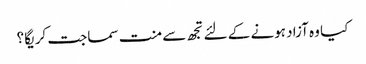
کیا وہ آزاد ہونے کے لئے تجھ سے منت سماجت کریگا ؟